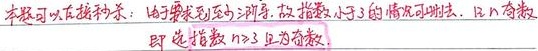
本题可以直接秒杀：由于要求到至少两弹，故指数小于3的情况可删去，且n奇数
即 选指数 \(n>3\) 且为奇数.